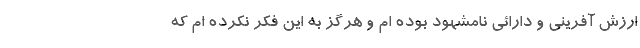
ارزش آفرینی و دارائی نامشهود بوده ام و هرگز به این فکر نکرده ام که